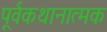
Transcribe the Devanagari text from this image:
पूर्वकथानात्मक